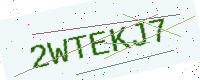
Text: 2WTEKJ7